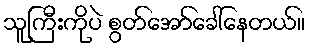
သူကြီးကိုပဲ စွတ်အော်ခေါ်နေတယ်။